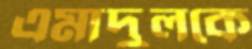
এমাদুলকে